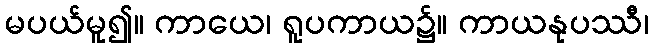
မပယ်မူ၍။ ကာယေ၊ ရူပကာယ၌။ ကာယနုပဿီ၊